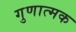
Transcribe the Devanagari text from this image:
गुणात्‍मक